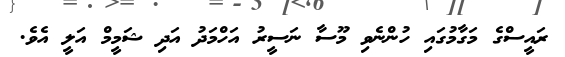
ރައީސްގެ މަގާމުގައި ހުންނެވި މޫސާ ނަސީރު އަހްމަދު އަދި ޝަމީމް އަލީ އެވެ.